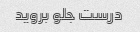
درست جلو بروید